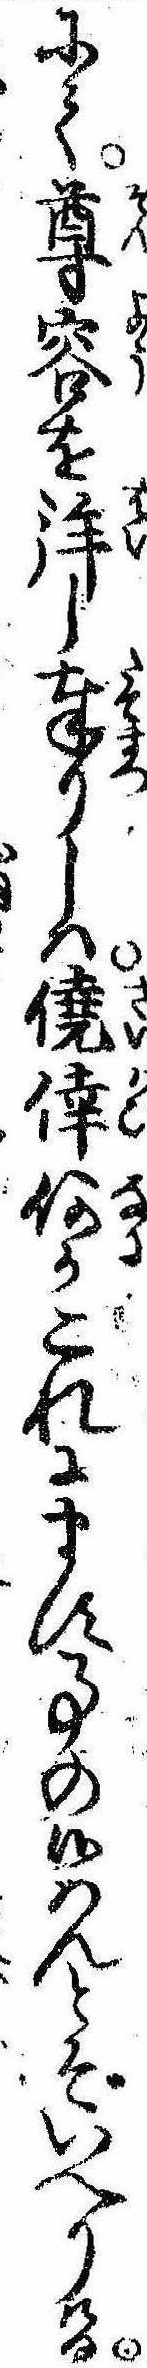
にて尊容を拝し奉りしは僥倖何かこれにます事の候はんとぞいへりける